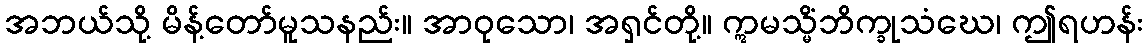
အဘယ်သို့ မိန့်တော်မူသနည်း။ အာဝုသော၊ အရှင်တို့။ ဣမသ္မိံဘိက္ခုသံဃေ၊ ဤရဟန်း